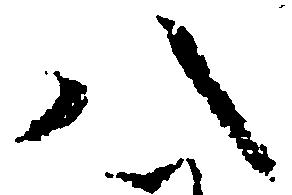
八